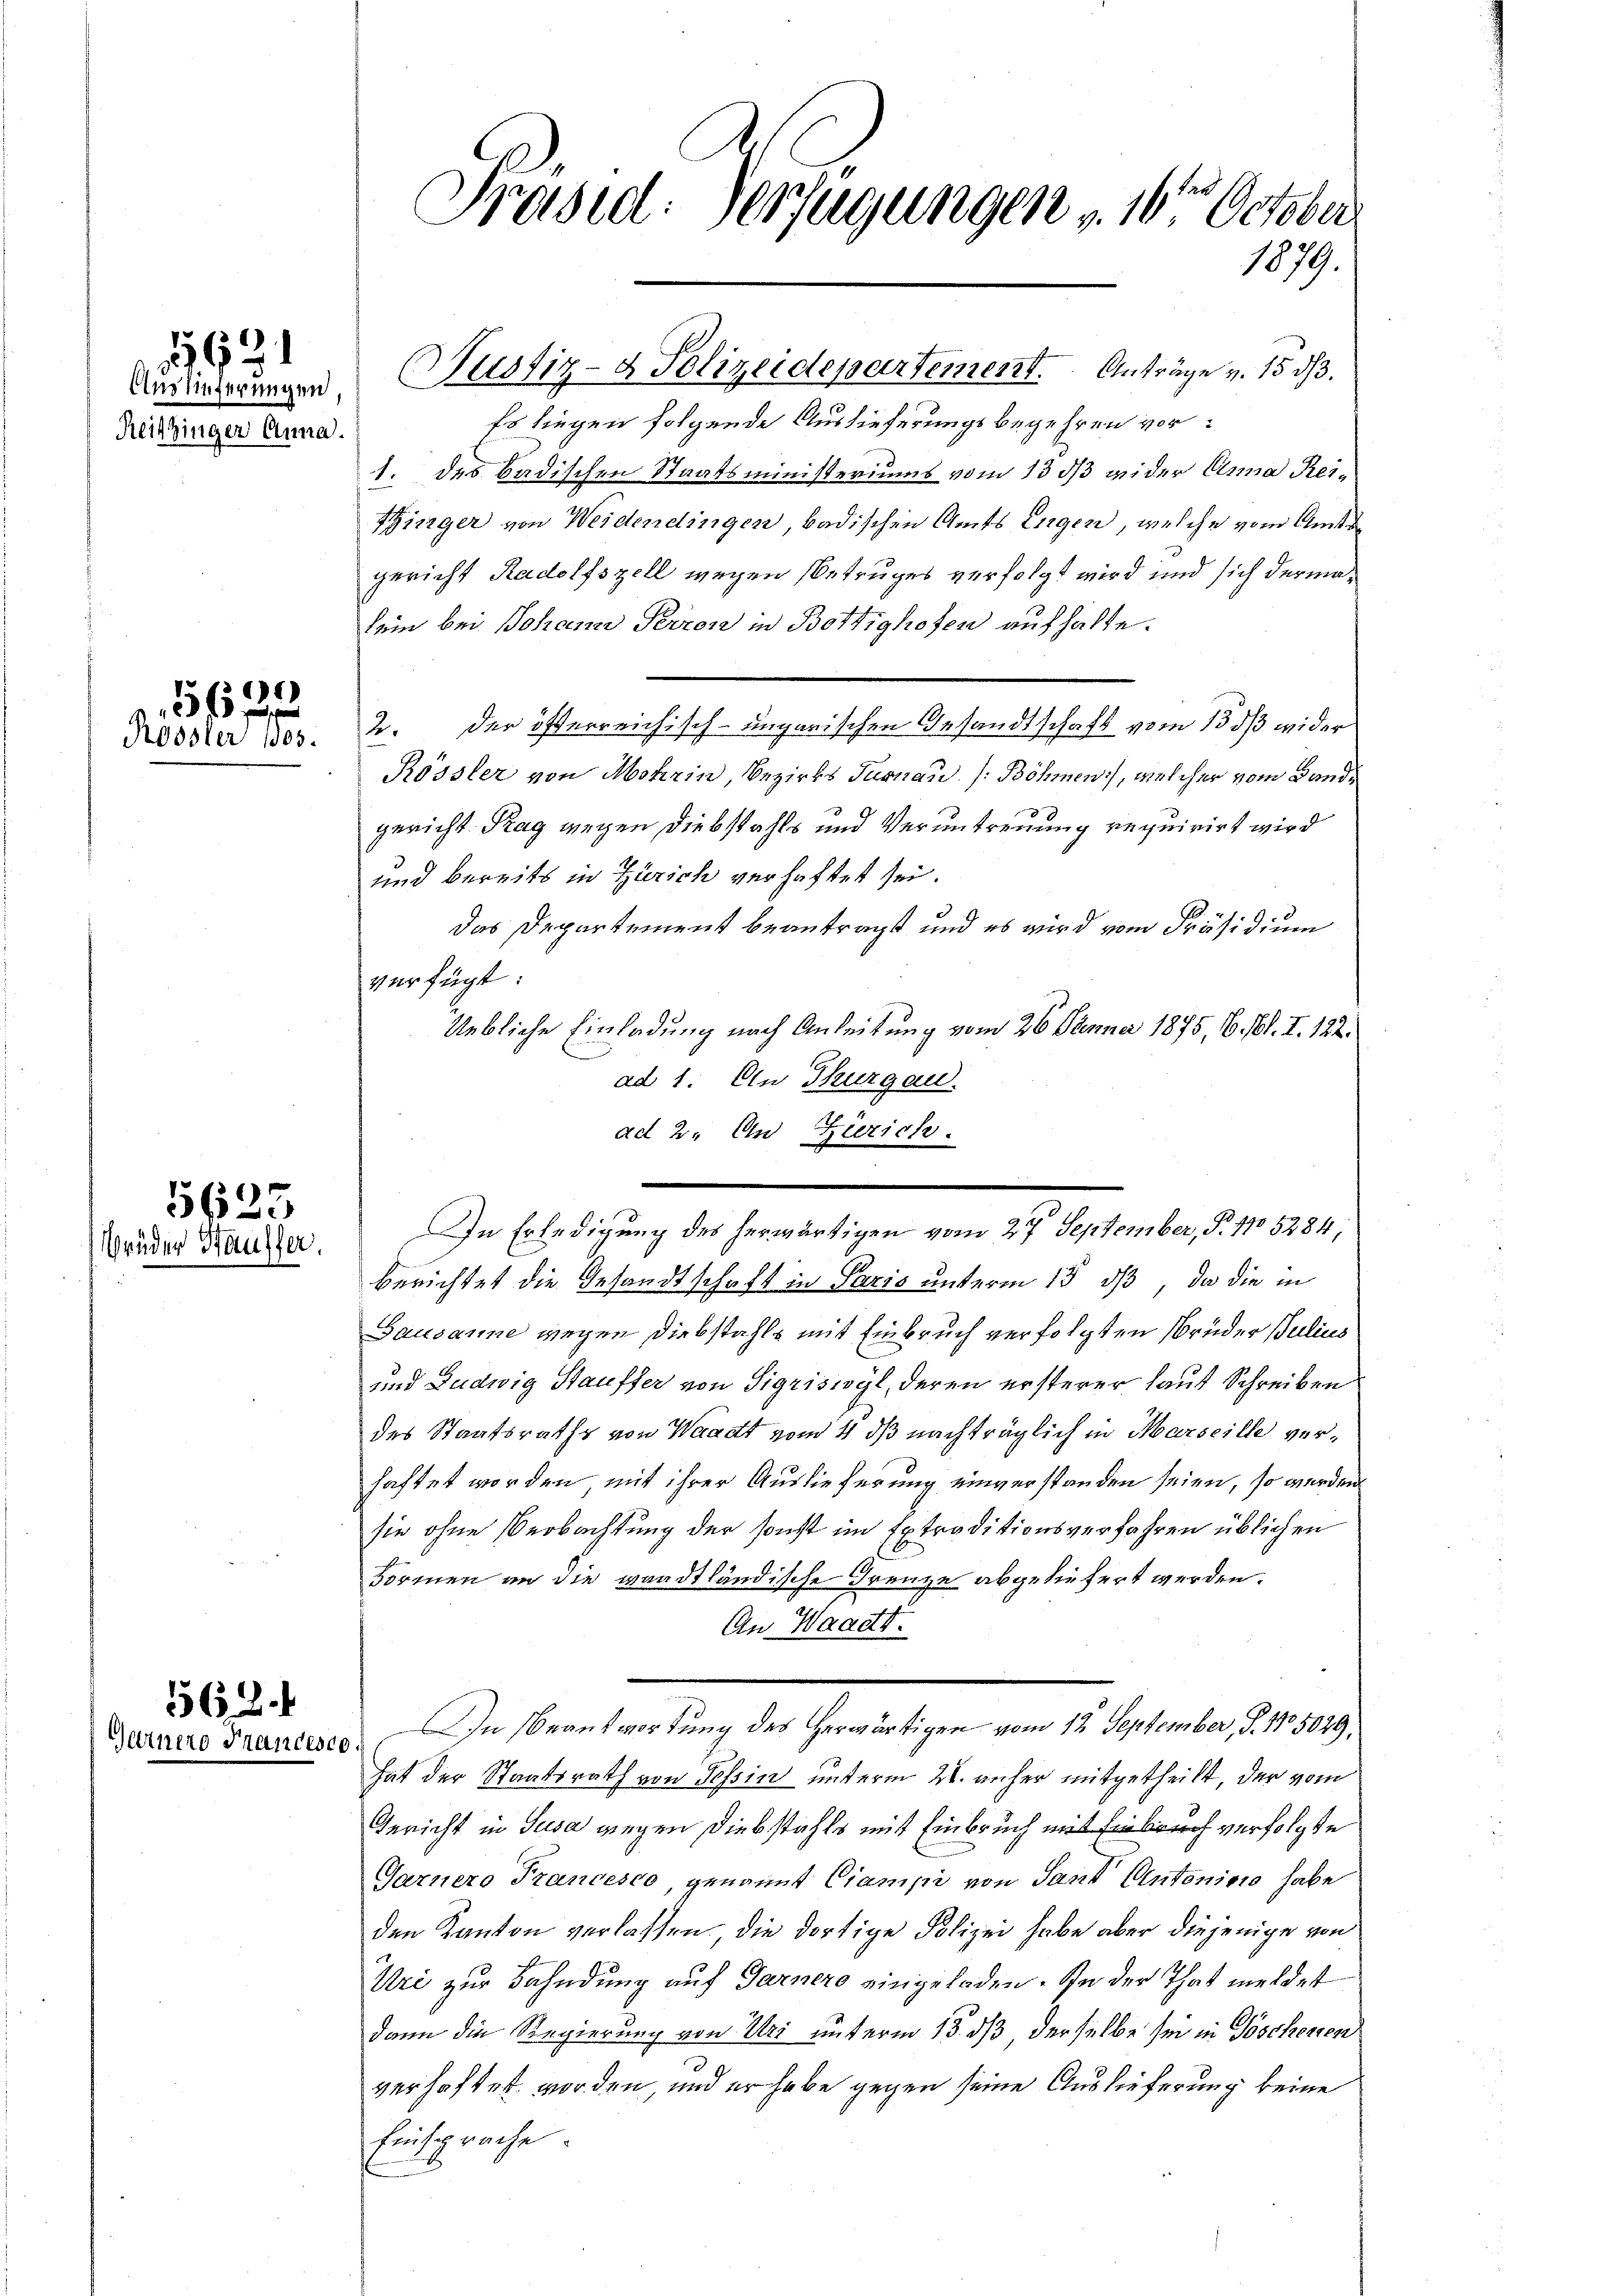
1921

Reitzinger Anna.

5690
Rössler 1805.

5623
Brüder Hausfer

562. 4
Gernero Frances

Es liegen folgende Auslieferungsbegehren vor:
1. des badischen Staatsministeriums vom 13 1/3 wider Anna Reitzinger von Weidendingen, badischen Amts Engen, welche vom Amtsgericht Radolfszell wegen Betruges verfolgt wird und sich dermalein bei Johann Perron in Bottighofen aufhalte.
2. der öfferreichisch-ungarischen Gesandtschaft vom 15. dß wider
Rössler von Mohrin, Bezirks Turnau (Böhmen, welcher vom Bandgericht Tag wegen Diebstahls und Veruntreuung requirirt wird
und bereits in Zürich verhaftet sei.
Das Departement beantragt und es wird vom Präsidium
verfügt:
Uebliche Einladung nach Anleitung vom 26. Jenner 1875, 6. Al. I. 122.
ad 1. An Thurgau.
ad 2. An Zürich.
In Erledigung des herwärtigen vom 27. September, P. 1105284,
berichtet die Gesandtschaft in Paris unterm 15. dß, da die in
Gausanne wegen Diebstahls mit Einbruch verfolgten Brüder Julius
und Ludwig Stauffer von Sigriswyl, deren ersterer laut Schreiben
des Staatsraths von Waadt vom 4. ds nachträglich in Marseille verhaftet worden, mit ihrer Auslieferung einverstanden seien, so werden
sie ohne Beobachtung der sonst im Extraditionsverfahren üblichen
Formen an die waadtländische Freuze abgeliefert werden.
An Waadt.
20. In Beantwortung des herwärtigen vom 12. September, S. Nr. 5029,
hat der Staatsrath von Tessin unterm 22. anher mitgetheilt, der vom
Gericht in Susa wegen Diebstahls mit Einbruch mit Einbruch verfolgte
Garnero Francesco, genannt Ciampi von Sand Antonicio habe
den Kanton verlassen. Die dortige Polizei habe aber diejenige von
.
Uri zur Bahndung auf Garnere eingeladen. In der That meldet
dann die Regierung von Uri unterm 13. ds derselbe sei in Göschenen
verhaftet worden, und er habe gegen seine Auslieferung keine
Einsprache.

Präsid. Verfügungen v. 16. October
1879.

Drinderungen Pustiz- & Polizeidepartement. Anträge v. 15 d